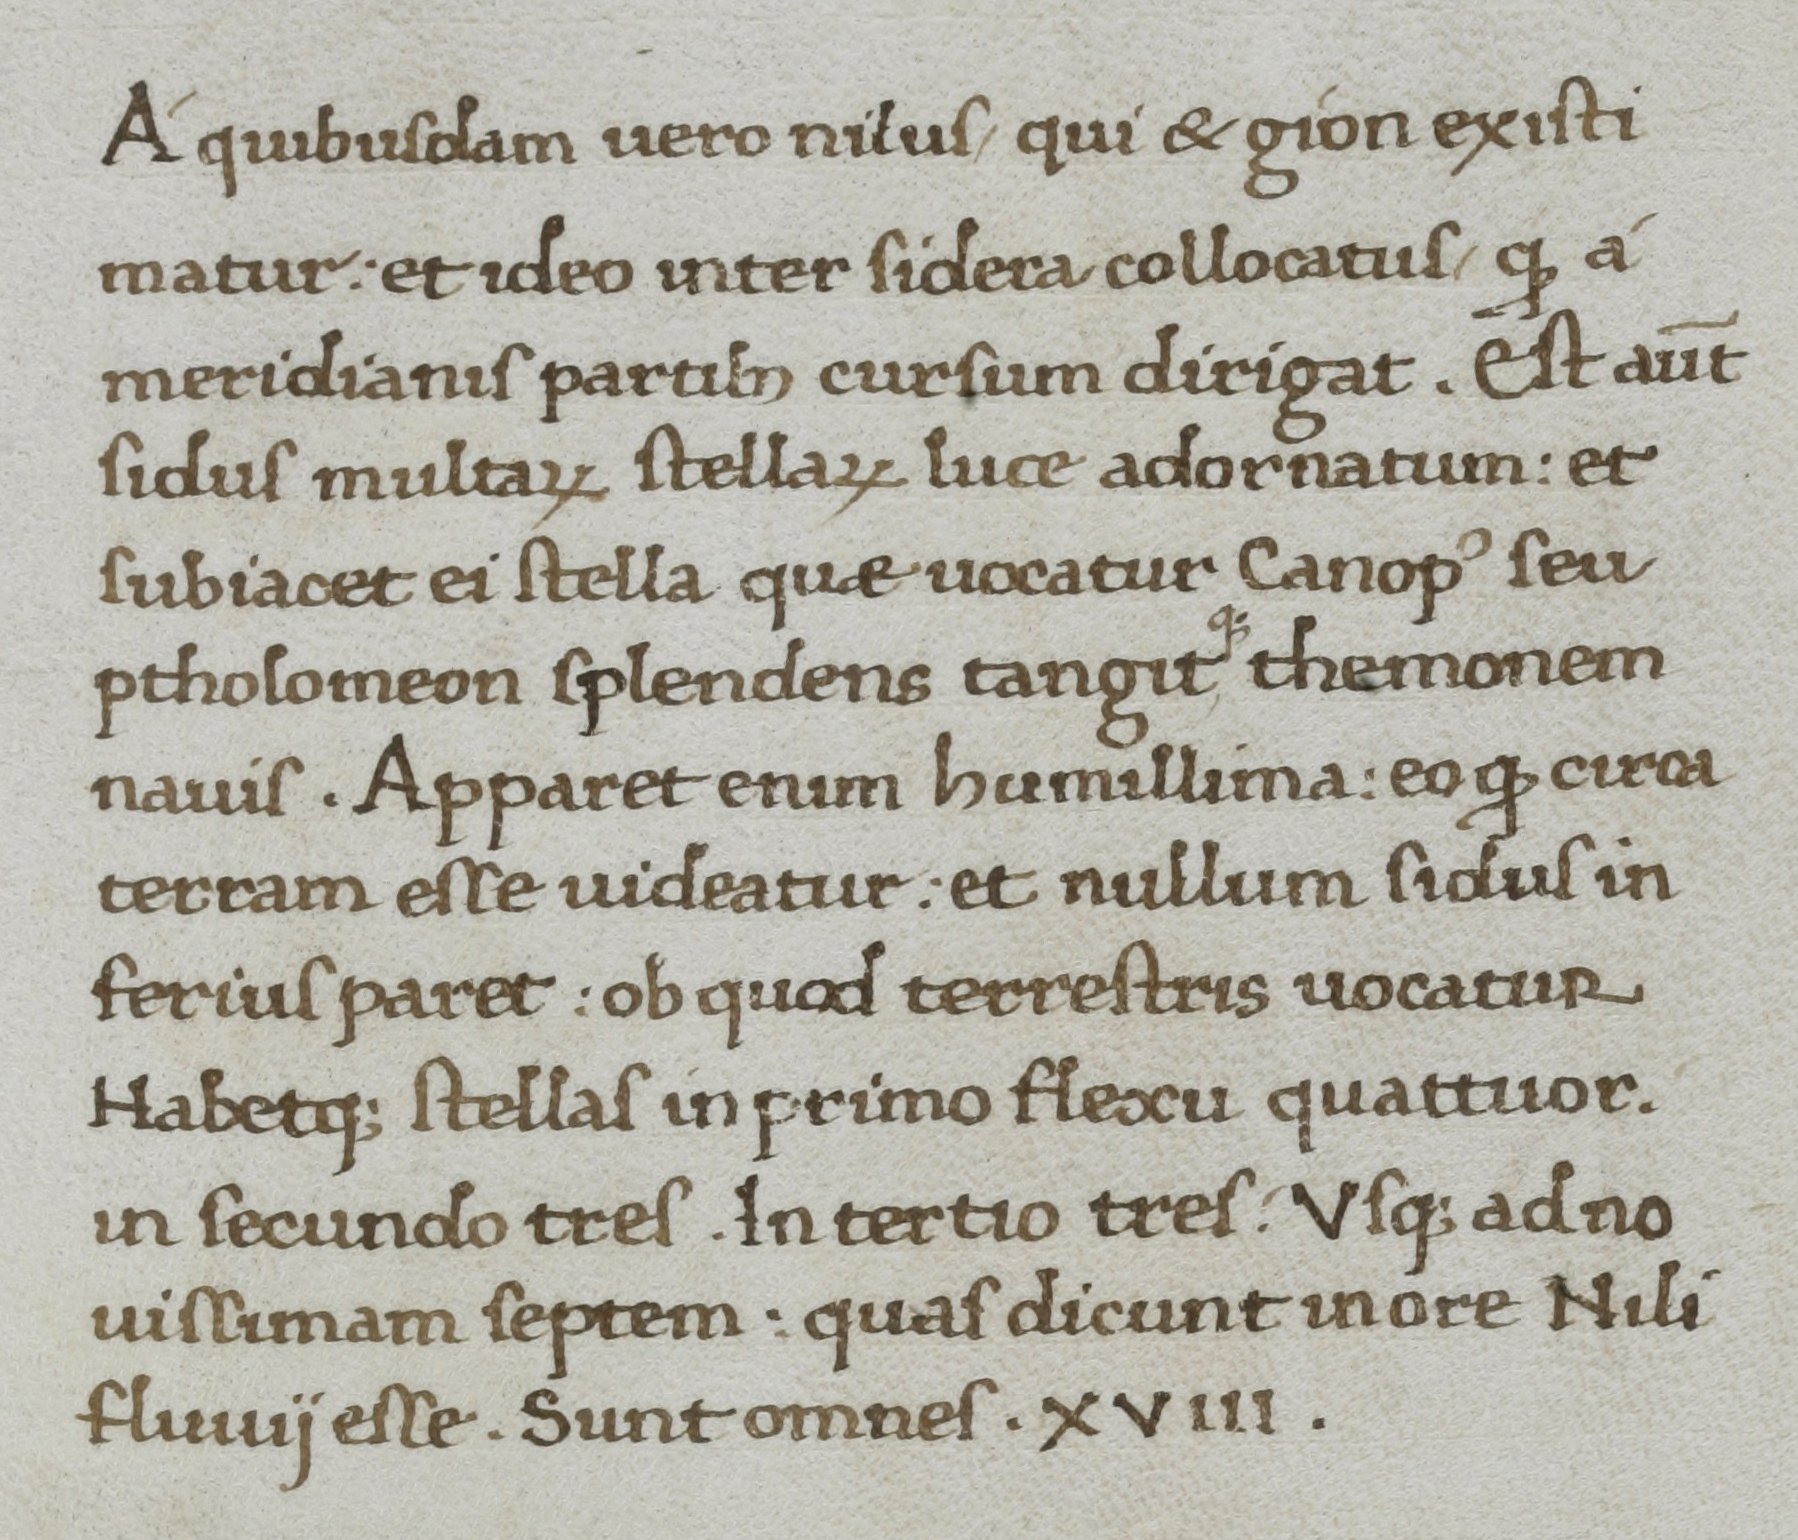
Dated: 1400–1499